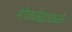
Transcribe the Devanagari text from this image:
मोकळेढाकळे